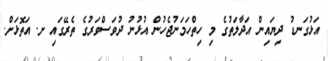
އަޅުގަނޑު ދިޔައިން އަދާލަތުގެ މި ހިތްހަމަނުޖެހުން އުޅުނު ދުވަސްވަރުގެ ތެރޭގައި ށ. އަތޮޅަށް.